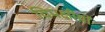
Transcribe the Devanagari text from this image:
विपक्षीयों